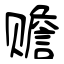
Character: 赡